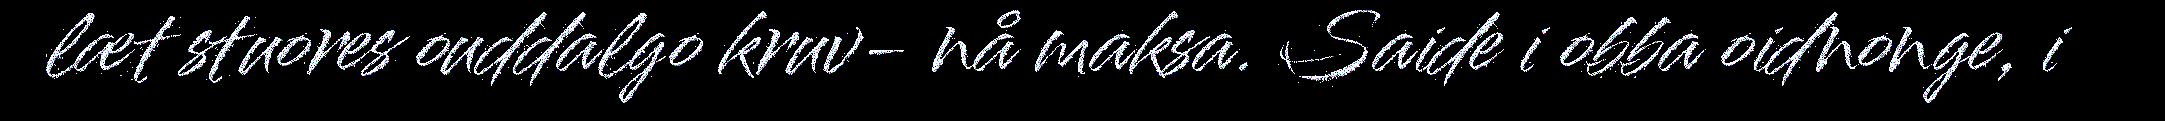
læt stuores ouddalgo kruv- nå maksa. Saide i obba oidnonge, i